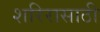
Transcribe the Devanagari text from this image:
शरिरासाठी